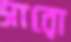
সারো